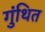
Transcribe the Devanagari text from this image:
गुंथित